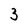
Character: 3